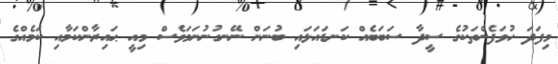
މިފަދަ ހުވަފެންތަކުގެ ސީދާ ސަބަބެއް ކަނޑައަޅައި ބުނަން ނޭނގުނުނަމަވެސް މިއީ ޙައިރާންކަމާއި ކަމެއްގެ